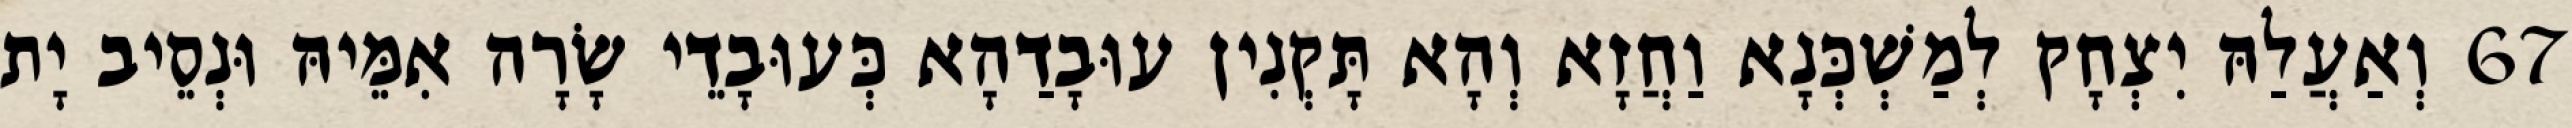
67 וְאַעֲלַהּ יִצְחָק לְמַשְׁכְּנָא וַחֲזָא וְהָא תָּקְנִין עוּבָדַהָא כְּעוּבָדֵי שָׂרָה אִמֵּיהּ וּנְסֵיב יָת